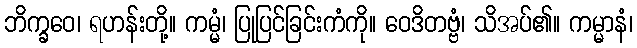
ဘိက္ခဝေ၊ ရဟန်းတို့။ ကမ္မံ၊ ပြုပြင်ခြင်းကံကို။ ဝေဒိတဗ္ဗံ၊ သိအပ်၏။ ကမ္မာနံ၊